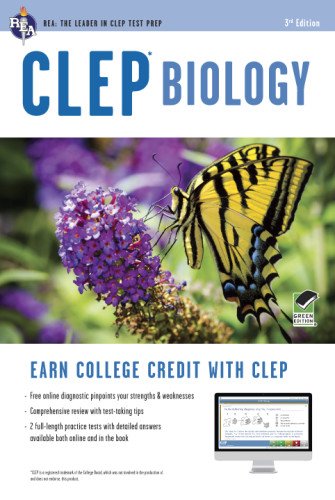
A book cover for CLEPÂ® Biology Book + Online (CLEP Test Preparation); Laurie Ann Callihan; Test Preparation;